65_HS1-834228961_62-HQ-83894_Section_5
Agency: FBI
Page 149
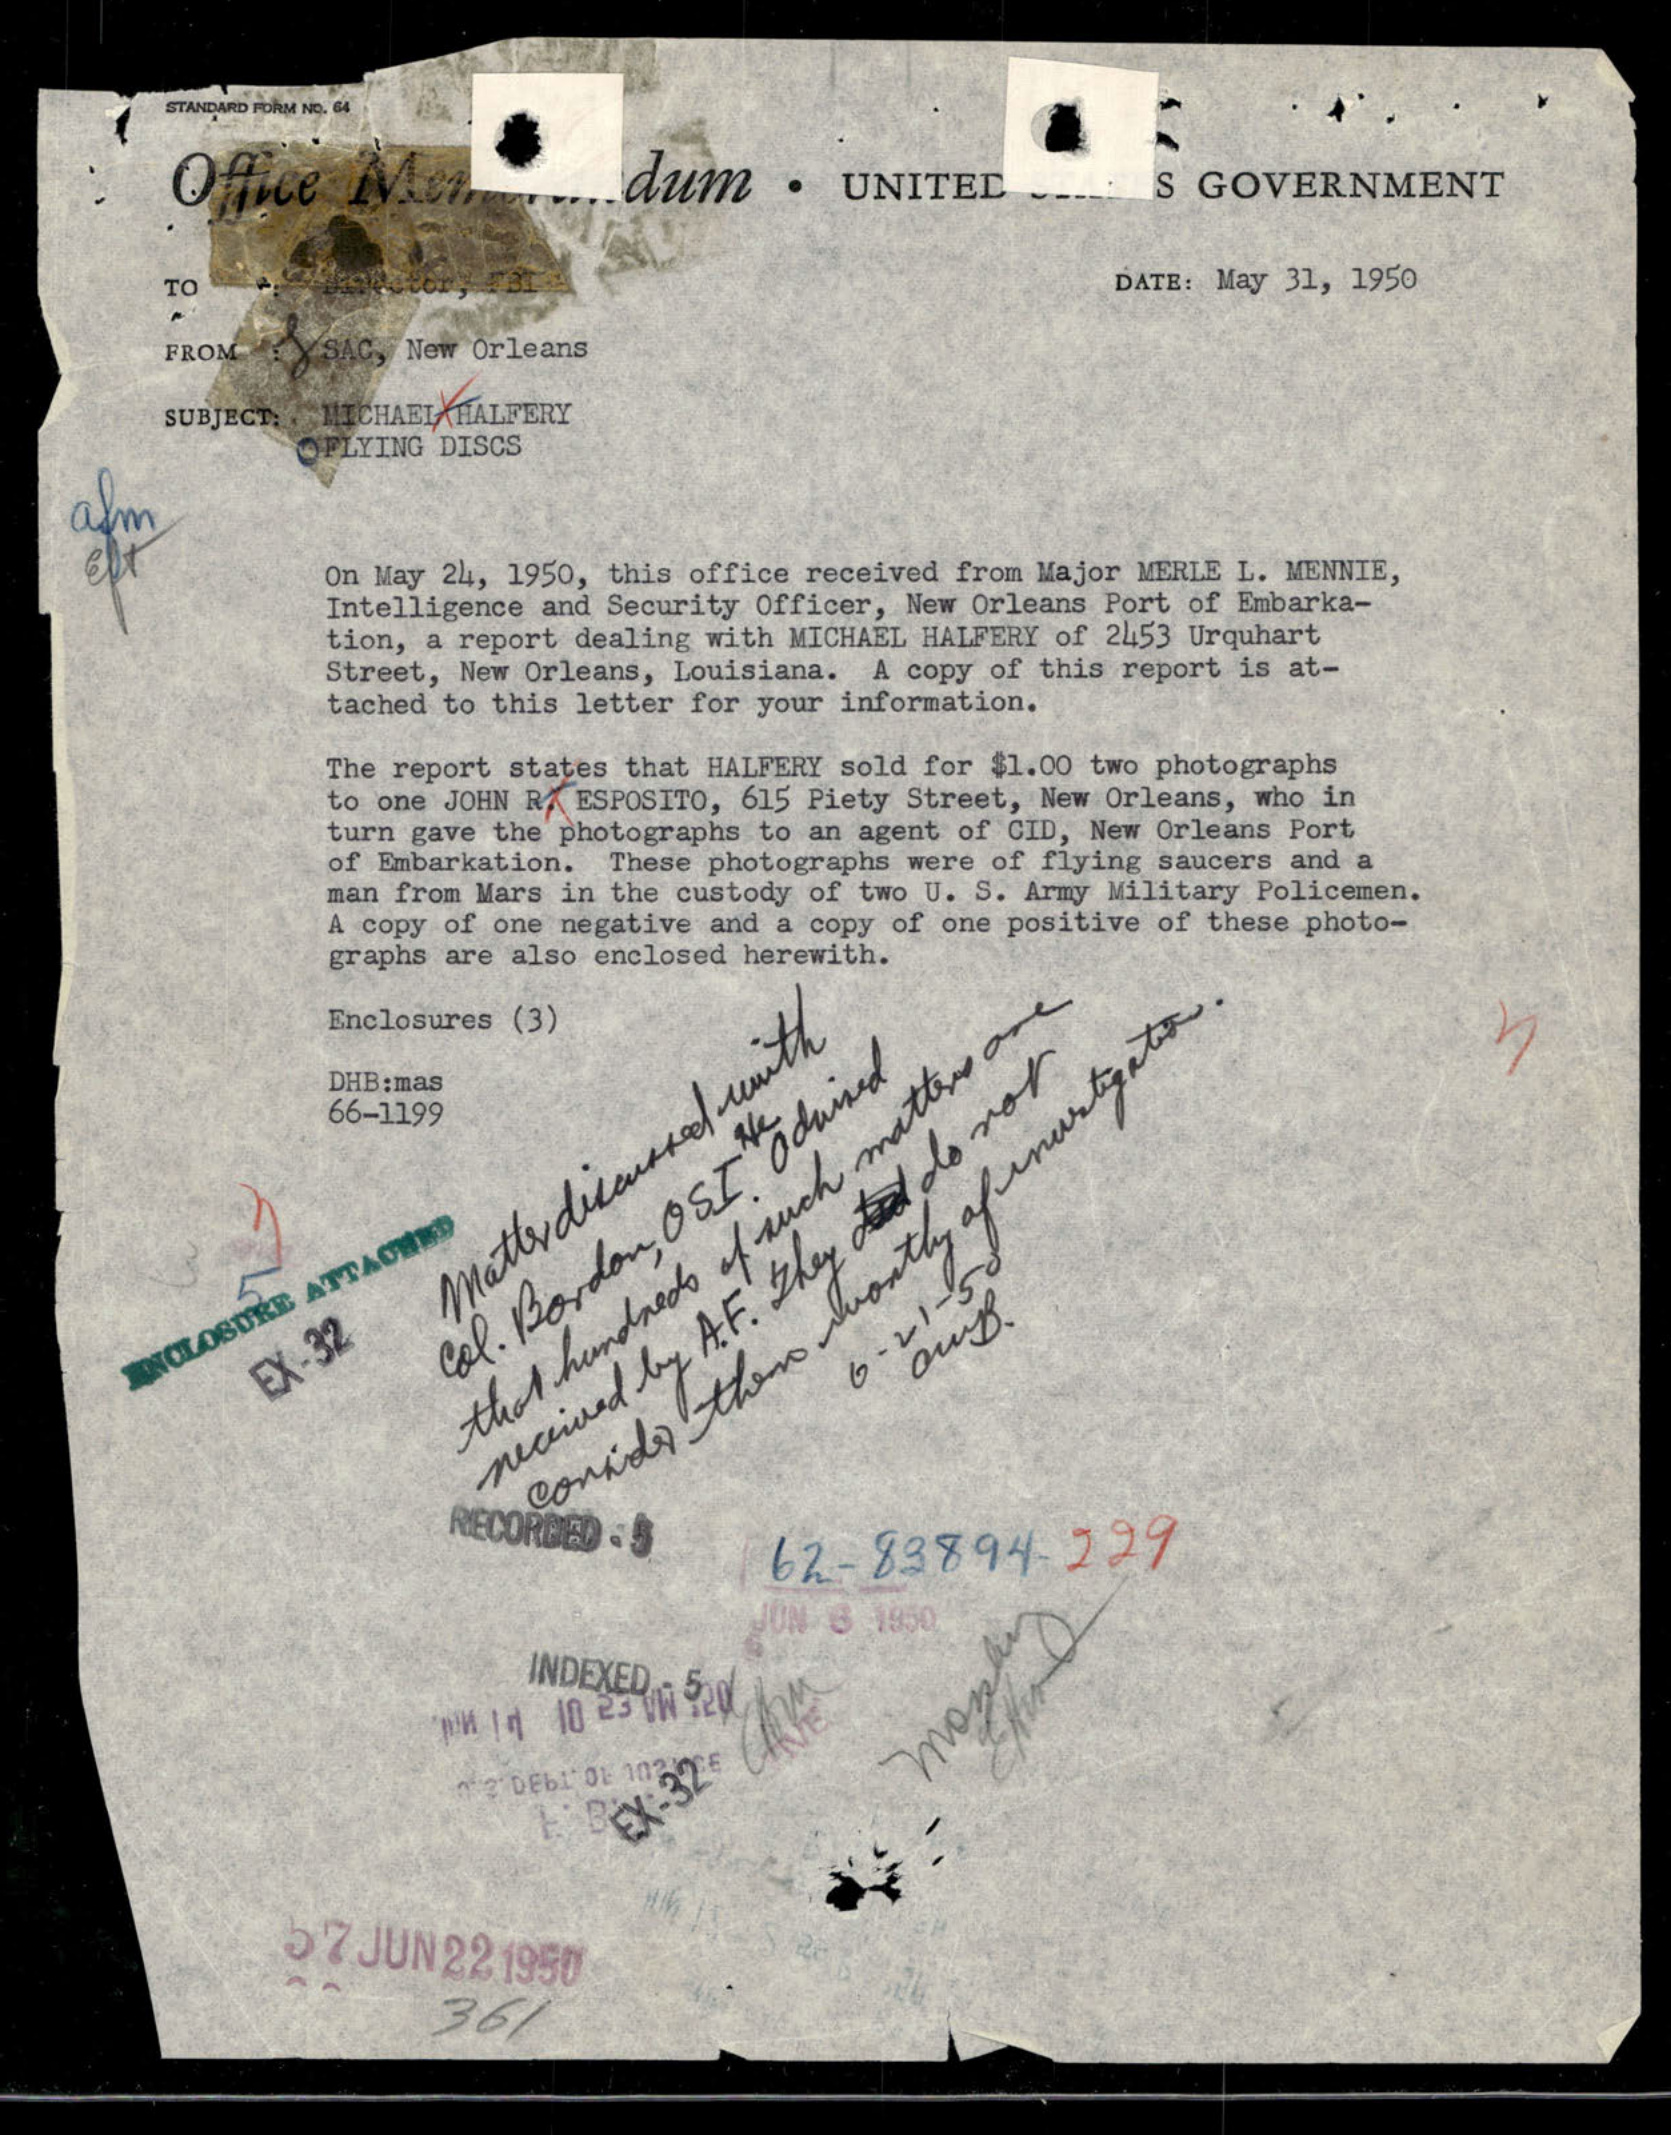